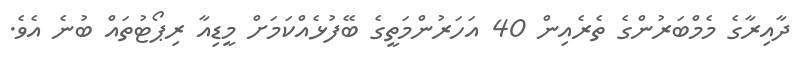
ދާއިރާގެ މެމްބަރުންގެ ތެރެއިން 40 އަހަރުންމަތީގެ ބޭފުޅެއްކަމަށް މީޑިއާ ރިޕޯޓުތައް ބުނެ އެވެ.